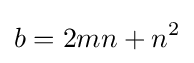
b=2mn+n^{2}